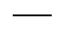
\rule { 5 ex } { 0.2 ex }